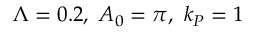
\Lambda = 0 . 2 , ~ A _ { 0 } = \pi , ~ k _ { P } = 1